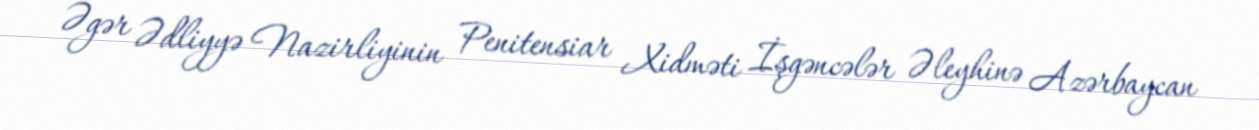
Əgər Ədliyyə Nazirliyinin Penitensiar Xidməti İşgəncələr Əleyhinə Azərbaycan